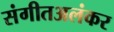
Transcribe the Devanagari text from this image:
संगीतअलंकर